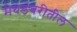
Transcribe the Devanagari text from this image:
मेघडंबरीतील